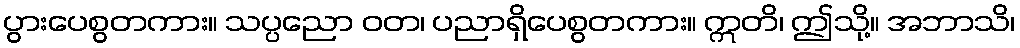
ပွားပေစွတကား။ သပ္ပညော ဝတ၊ ပညာရှိပေစွတကား။ ဣတိ၊ ဤသို့။ အဘာသိ၊